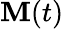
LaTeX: \mathbf{M}(t)